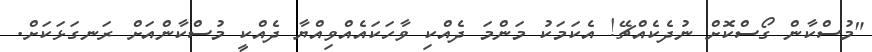
"މުސްކާން ގޯސްކޮށް ނުދެކެއްޗޭ! އެކަމަކު މަންމަ ދެއްކި ވާހަކައެއްވިއްޔާ ދެއްކީ މުސްކާންއަށް ރަނގަޅަކަށް.